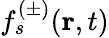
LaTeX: f_{s}^{(\pm)}\! \left(\textbf{r},t\right)